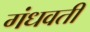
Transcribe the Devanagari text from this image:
गंधवती